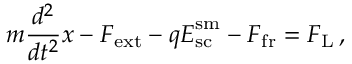
m \frac { d ^ { 2 } } { d t ^ { 2 } } \boldsymbol { x } - \boldsymbol { F } _ { \mathrm { e x t } } - q \boldsymbol { E } _ { \mathrm { s c } } ^ { \mathrm { s m } } - \boldsymbol { F } _ { \mathrm { f r } } = \boldsymbol { F } _ { \mathrm { L } } \, ,